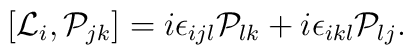
[{\cal L}_i,{\cal P}_{jk}]=i{\epsilon}_{ijl}{\cal P}_{lk}+i{\epsilon}_{ikl}{\cal P}_{lj}.